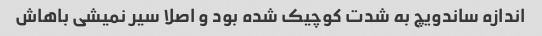
اندازه ساندویچ به شدت کوچیک شده بود و اصلا سیر نمیشی باهاش